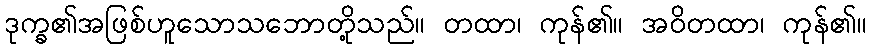
ဒုက္ခ၏အဖြစ်ဟူသောသဘောတို့သည်။ တထာ၊ ကုန်၏။ အဝိတထာ၊ ကုန်၏။